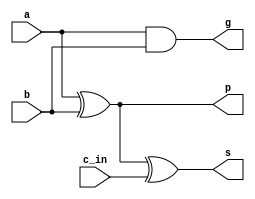
module A
	(  
		input  	a,
		input  	b,
	 	input   c_in,
	 	output  p,
	 	output  g,
	    output  s
   );


   assign s = a ^ b ^c_in;

   assign p = a ^ b;
   assign g = a & b;

endmodule